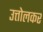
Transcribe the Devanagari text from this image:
उत्तोलकर